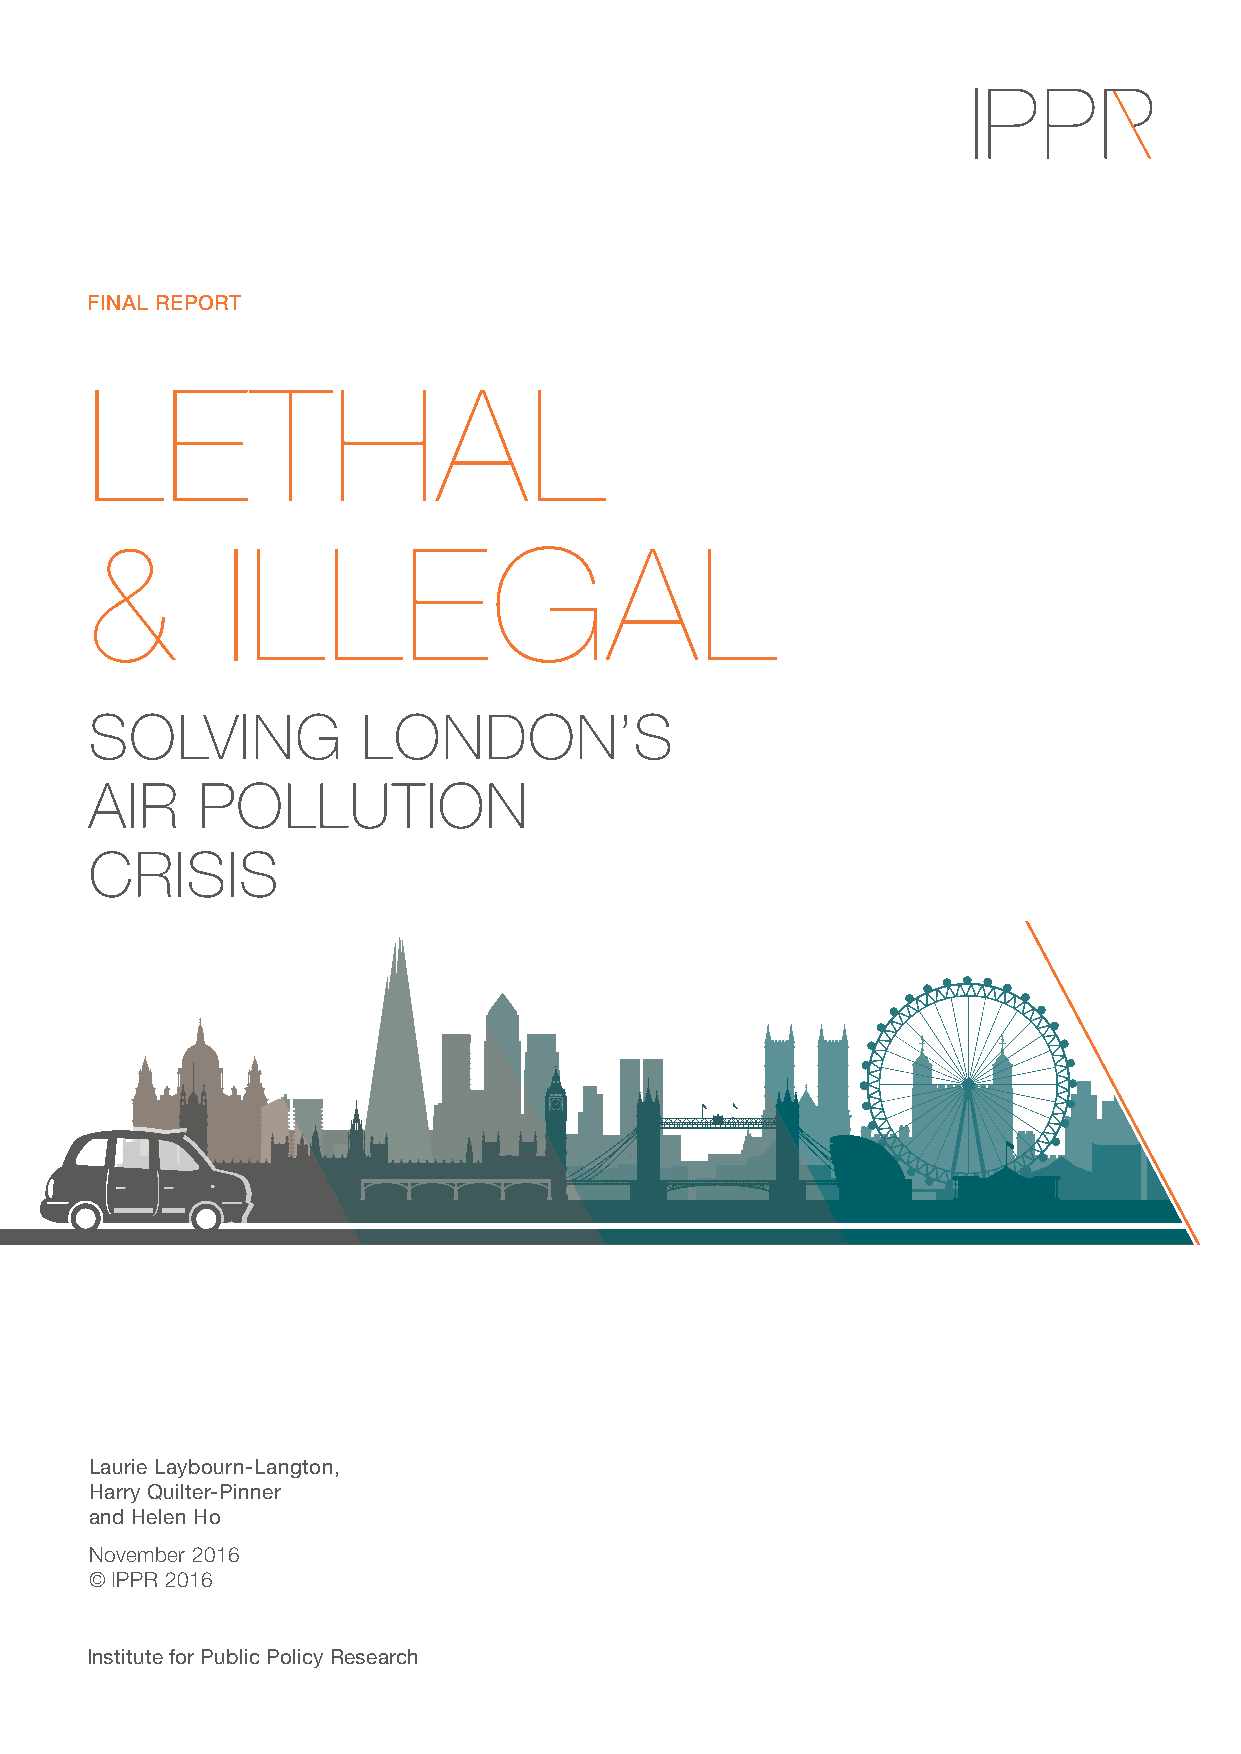
FINAL REPORT
 LETHAL
 &        ILLEGAL
 SOLVING           LONDON’S
 AIR    POLLUTION
 CRISIS
 Laurie Laybourn-Langton,
 Harry Quilter-Pinner
 and Helen Ho
 November 2016
 © IPPR 2016
 Institute for Public Policy Research